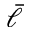
\bar { \ell }